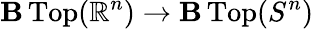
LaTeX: \operatorname{\mathbf{B}Top}(\mathbb{{R}}^{n})\to\operatorname{\mathbf{B}Top}(S^{n})